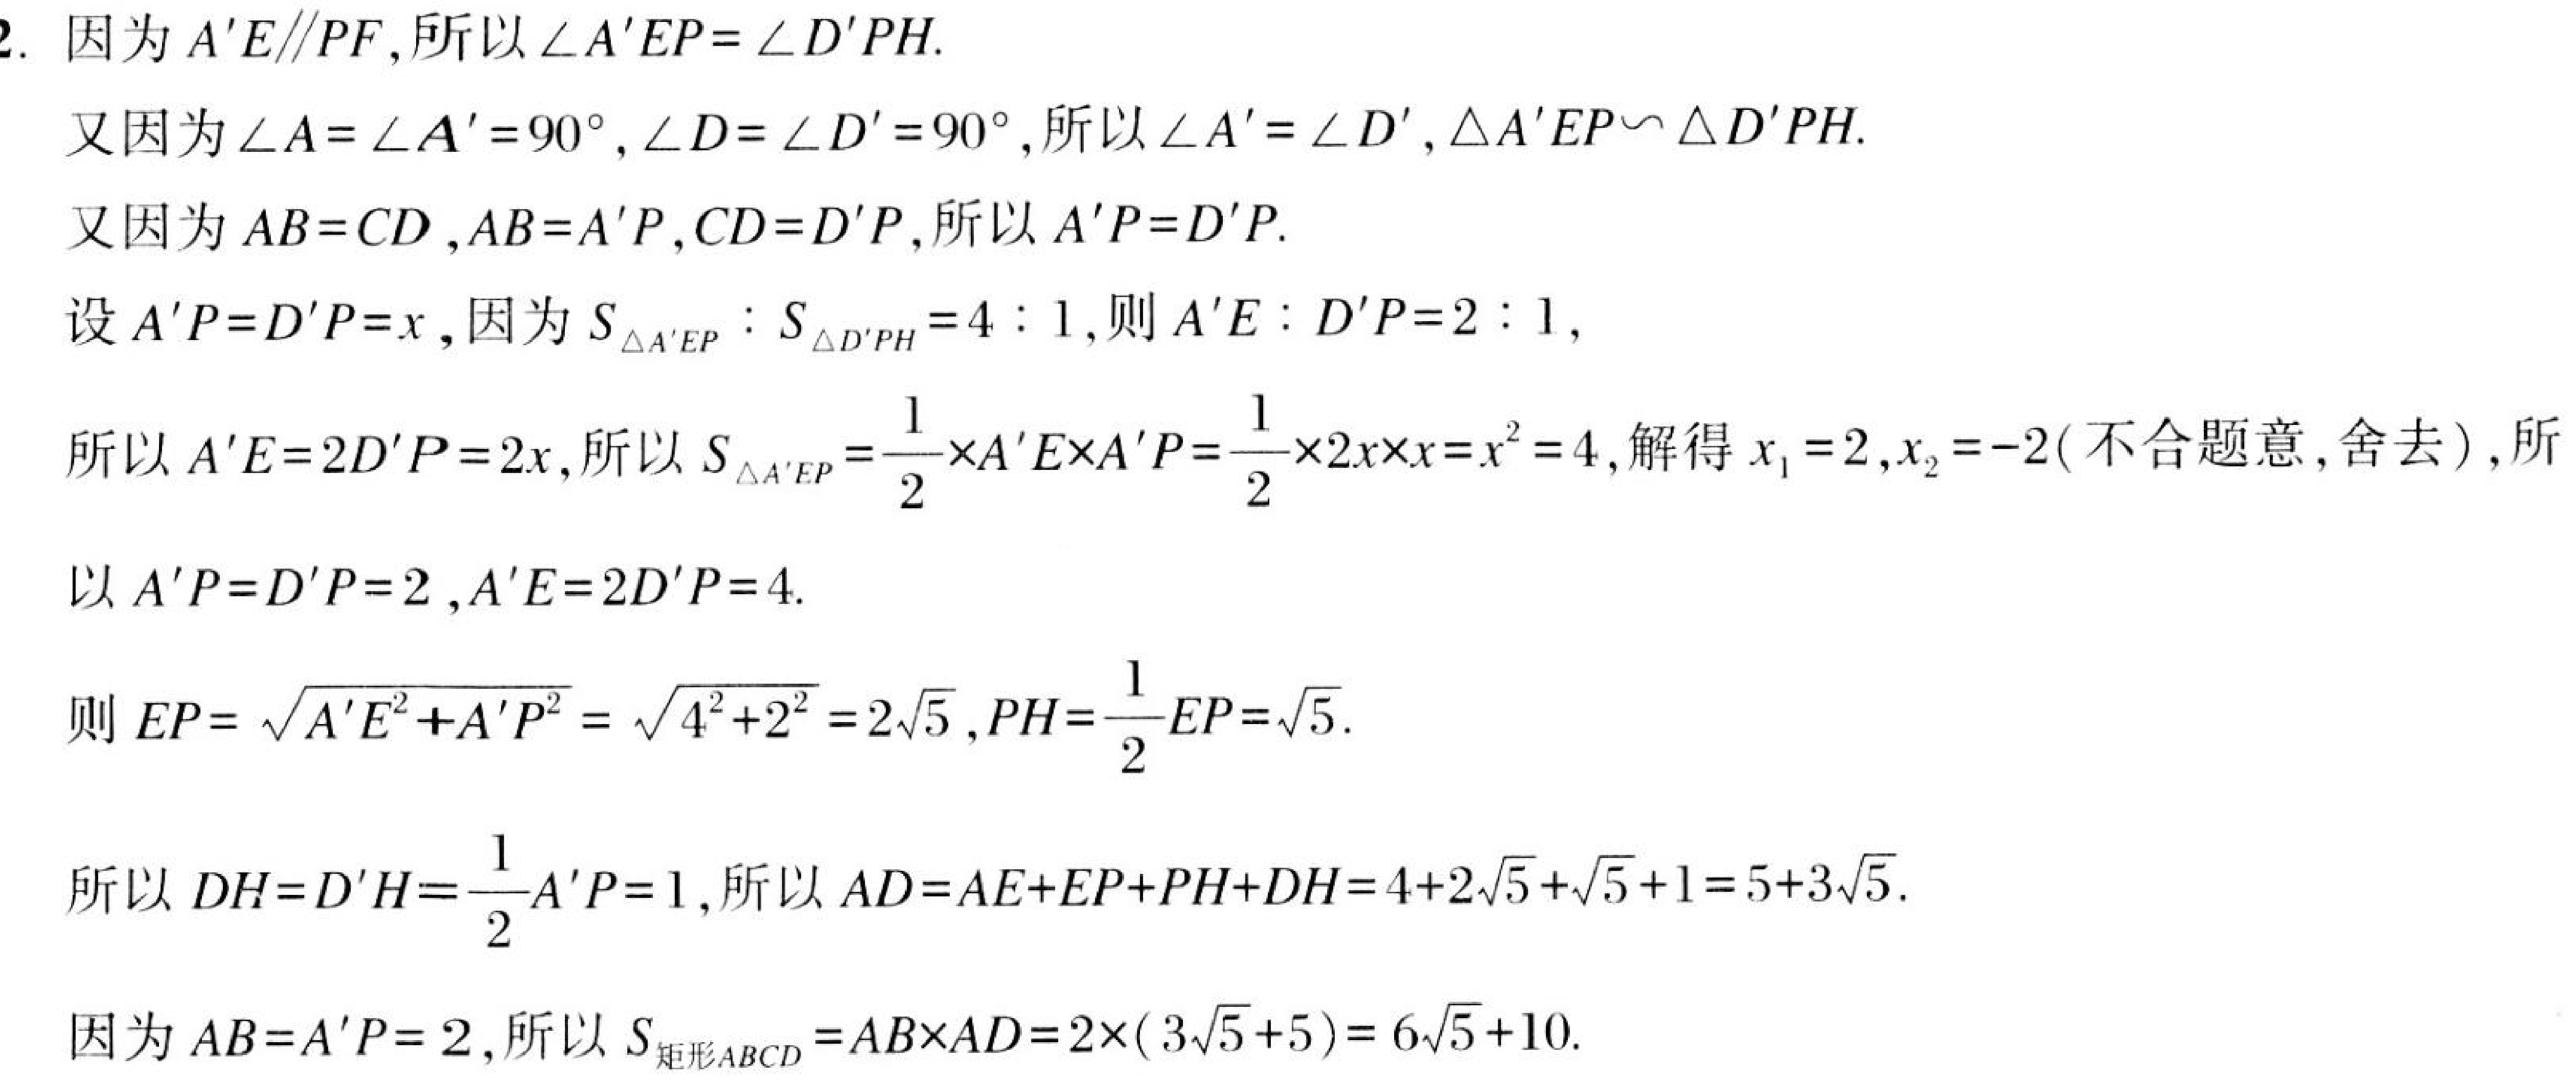
2. 因为$A'E\parallel PF$,所以$\angle A'EP = \angle D'PH$.
又因为$\angle A=\angle A' = 90^{\circ},\angle D=\angle D' = 90^{\circ}$,所以$\angle A'=\angle D',\triangle A'EP\backsim\triangle D'PH$.
又因为$AB = CD,AB = A'P,CD = D'P$,所以$A'P = D'P$.
设$A'P = D'P=x$,因为$S_{\triangle A'EP}:S_{\triangle D'PH}=4:1$,则$A'E:D'P = 2:1$,
所以$A'E = 2D'P = 2x$,所以$S_{\triangle A'EP}=\dfrac{1}{2}\times A'E\times A'P=\dfrac{1}{2}\times2x\times x=x^{2}=4$,解得$x_{1}=2,x_{2}=-2$(不合题意,舍去),所
以$A'P = D'P = 2,A'E = 2D'P = 4$.
则$EP=\sqrt{A'E^{2}+A'P^{2}}=\sqrt{4^{2}+2^{2}}=2\sqrt{5},PH=\dfrac{1}{2}EP=\sqrt{5}$.
所以$DH = D'H=\dfrac{1}{2}A'P = 1$,所以$AD=AE + EP+PH + DH=4 + 2\sqrt{5}+\sqrt{5}+1=5 + 3\sqrt{5}$.
因为$AB = A'P = 2$,所以$S_{矩形ABCD}=AB\times AD=2\times(3\sqrt{5}+5)=6\sqrt{5}+10$.